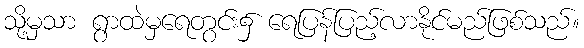
သို့မှသာ ရွာထဲမှရေတွင်း၌ ရေပြန်ပြည့်လာနိုင်မည်ဖြစ်သည်။